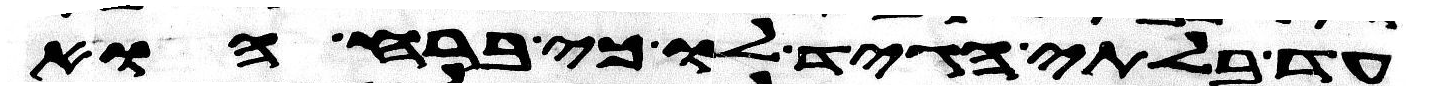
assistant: עד בלתי הגיד לו כי ברח הוא